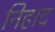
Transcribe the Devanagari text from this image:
निहाद